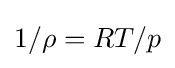
{\textstyle 1/\rho =RT/p}